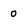
Character: 0